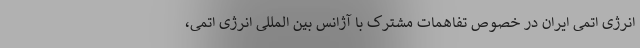
انرژی اتمی ایران در خصوص تفاهمات مشترک با آژانس بین المللی انرژی اتمی،